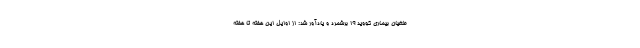
طغیان بیماری کووید 19 برشمرد و یادآور شد: از اوایل این هفته تا هفته